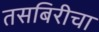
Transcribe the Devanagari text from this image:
तसबिरीचा